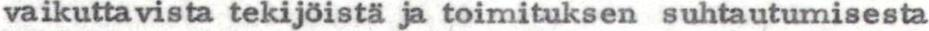
vaikuttavista tekijöistä ja toimituksen suhtautumisesta